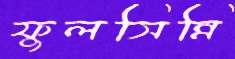
ফুলসিন্নি